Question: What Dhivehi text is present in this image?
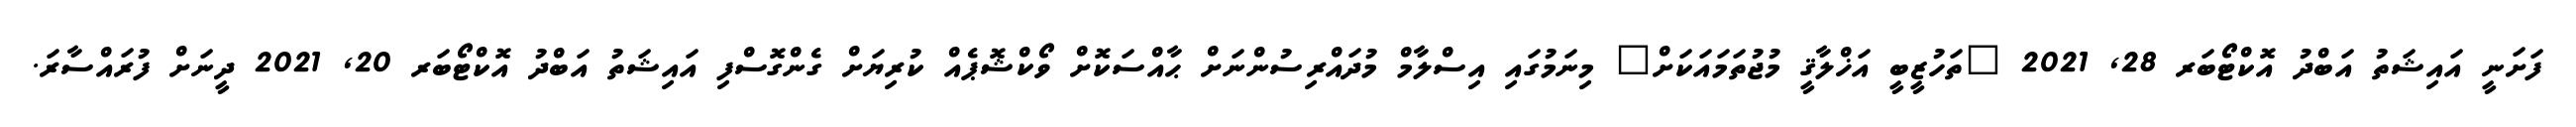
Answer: ފަށަނީ އައިޝަތު އަބްދު އޮކްޓޯބަރ 28, 2021 "ތަހުޒީބީ އަޚްލާޤީ މުޖުތަމައަކަށް" މިނަމުގައި އިސްލާމް މުދައްރިސުންނަށް ޙާއްސަކޮށް ވޯކްޝޮޕެއް ކުރިޔަށް ގެންގޮސްފި އައިޝަތު އަބްދު އޮކްޓޯބަރ 20, 2021 ދީނަށް ފުރައްސާރަ.